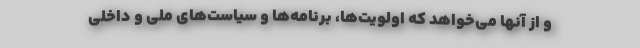
و از آنها می‌خواهد که اولویت‌ها، برنامه‌ها و سیاست‌های ملی و داخلی